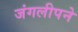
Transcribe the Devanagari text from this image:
जंगलीपने